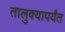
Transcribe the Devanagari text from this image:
तालुक्यापर्यंत